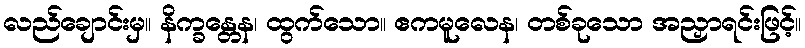
လည်ချောင်းမှ။ နိက္ခန္တေန၊ ထွက်သော။ ဧကမူလေန၊ တစ်ခုသော အညှာရင်းဖြင့်။